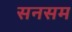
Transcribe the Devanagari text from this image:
सनसम